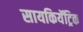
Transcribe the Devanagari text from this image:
सायकियॅट्रिक